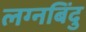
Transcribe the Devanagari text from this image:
लग्नबिंदु